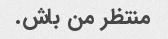
منتظر من باش.